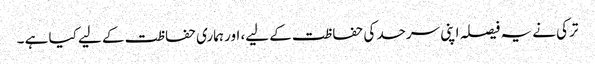
ترکی نے یہ فیصلہ اپنی سرحد کی حفاظت کے لیے، اور ہماری حفاظت کے لیے کیا ہے ۔